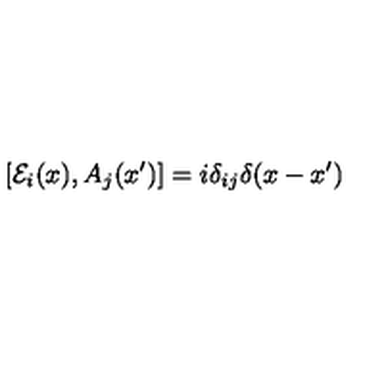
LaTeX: [ { \cal E } _ { i } ( x ) , A _ { j } ( x ^ { \prime } ) ] = i \delta _ { i j } \delta ( x - x ^ { \prime } )